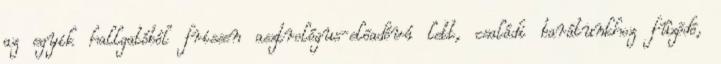
az egyik hallgatóból frissen asztrológus-elõadóvá lett, családi barátunkhoz fûzõdõ,